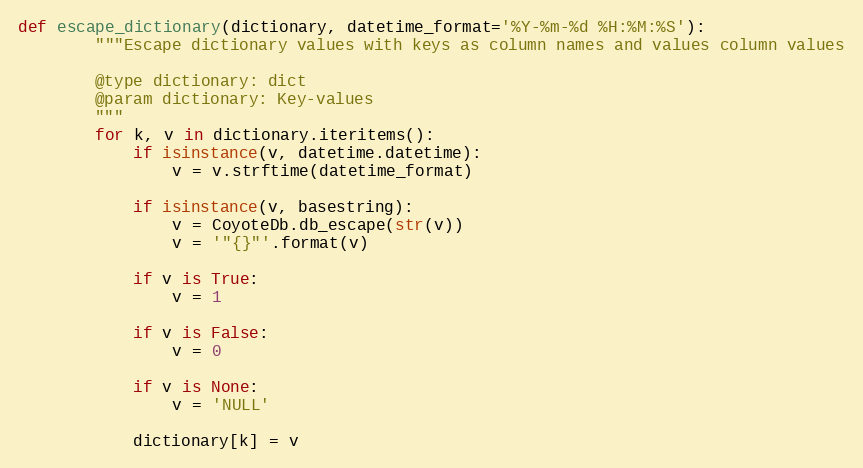
Language: Python
def escape_dictionary(dictionary, datetime_format='%Y-%m-%d %H:%M:%S'):
        """Escape dictionary values with keys as column names and values column values

        @type dictionary: dict
        @param dictionary: Key-values
        """
        for k, v in dictionary.iteritems():
            if isinstance(v, datetime.datetime):
                v = v.strftime(datetime_format)

            if isinstance(v, basestring):
                v = CoyoteDb.db_escape(str(v))
                v = '"{}"'.format(v)

            if v is True:
                v = 1

            if v is False:
                v = 0

            if v is None:
                v = 'NULL'

            dictionary[k] = v